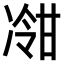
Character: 𫥕